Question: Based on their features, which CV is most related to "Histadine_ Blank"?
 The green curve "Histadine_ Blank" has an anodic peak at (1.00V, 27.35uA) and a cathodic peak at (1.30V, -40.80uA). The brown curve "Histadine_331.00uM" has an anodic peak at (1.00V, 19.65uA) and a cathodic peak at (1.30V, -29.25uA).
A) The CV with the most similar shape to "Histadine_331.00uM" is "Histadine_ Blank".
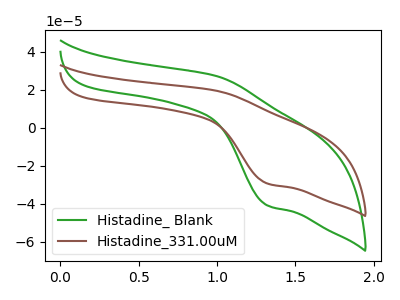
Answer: <think>All the peaks in "Histadine_ Blank" have a peak in "Histadine_331.00uM" at the same potential. Every peak in "Histadine_ Blank" is higher than every peak in "Histadine_331.00uM".
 </think>
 <answer>A) The CV with the most similar shape to "Histadine_331.00uM" is "Histadine_ Blank".</answer>
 <eval>A</eval>